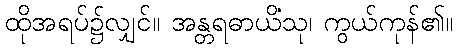
ထိုအရပ်၌လျှင်။ အန္တရဓာယိံသု၊ ကွယ်ကုန်၏။